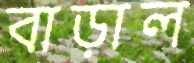
বাড়াল